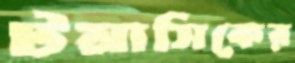
টমাসিকের